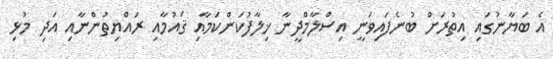
އެ ބަޔާނުގައި އިތުރަށް ބުނެފައިވަނީ އިސްލާމްދީނާ ޚިލާފުކަންކަމާއި ޤައުމާއި ރައްޔިތުންނާއި އަދި މުޅި